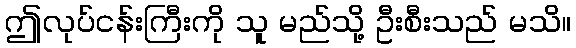
ဤလုပ်ငန်းကြီးကို သူ မည်သို့ ဦးစီးသည် မသိ။